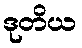
ဒုတိယ